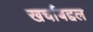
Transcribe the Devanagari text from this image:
खर्चाबद्दल